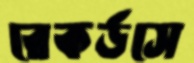
রেকর্ডসে